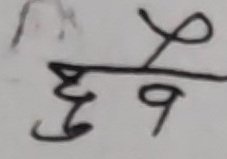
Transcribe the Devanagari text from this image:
छ१